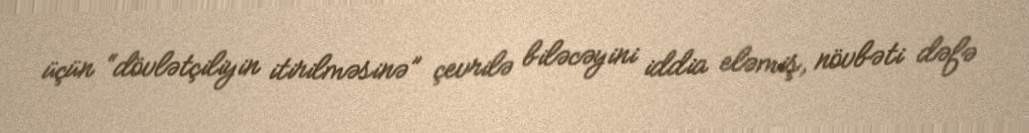
üçün “dövlətçiliyin itirilməsinə” çevrilə biləcəyini iddia eləmiş, növbəti dəfə